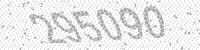
Solution: 295090